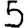
Digit: 5